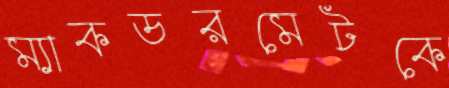
ম্যাকডরমেটকে